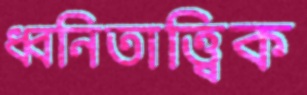
ধ্বনিতাত্ত্বিক